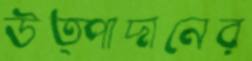
উত্পাদানের